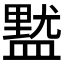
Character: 𱲔